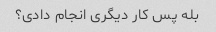
بله پس کار دیگری انجام دادی؟